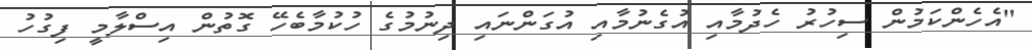
"އެހެންކަމުން ސިހުރު ހެދުމާއި އުގެނުމާއި އުގަންނައި ދިނުމުގެ ހުކުމާބެހޭ ގޮތުން އިސްލާމީ ފިގުހު